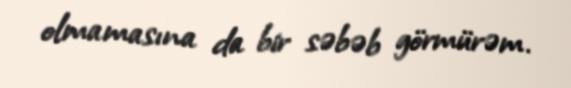
olmamasına da bir səbəb görmürəm.